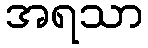
အရသာ